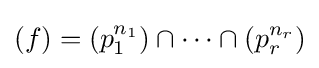
(f)=(p_{1}^{n_{1}})\cap \cdots \cap (p_{r}^{n_{r}})